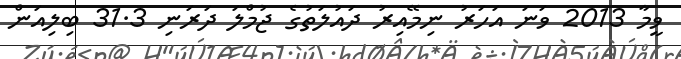
ވީމާ 2013 ވަނަ އަހަރު ނިމޭއިރު ދައުލަތުގެ ޖުމްލަ ދަރަނި 31.3 ބިލިއަން